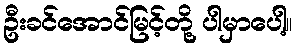
ဦးခင်အောင်မြင့်တို့ ပါမှာပေါ့။